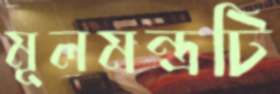
মূলমন্ত্রটি